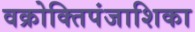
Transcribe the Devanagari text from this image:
वक्रोक्तिपंजाशिका